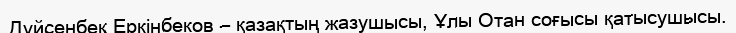
Дүйсенбек Еркінбеков – қазақтың жазушысы, Ұлы Отан соғысы қатысушысы.